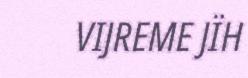
VIJREME JÏH